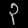
Digit: ၃